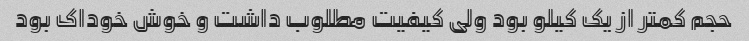
حجم کمتر از یک کیلو بود ولی کیفیت مطلوب داشت و خوش خوداک بود